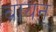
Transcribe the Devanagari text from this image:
ब्रायन्